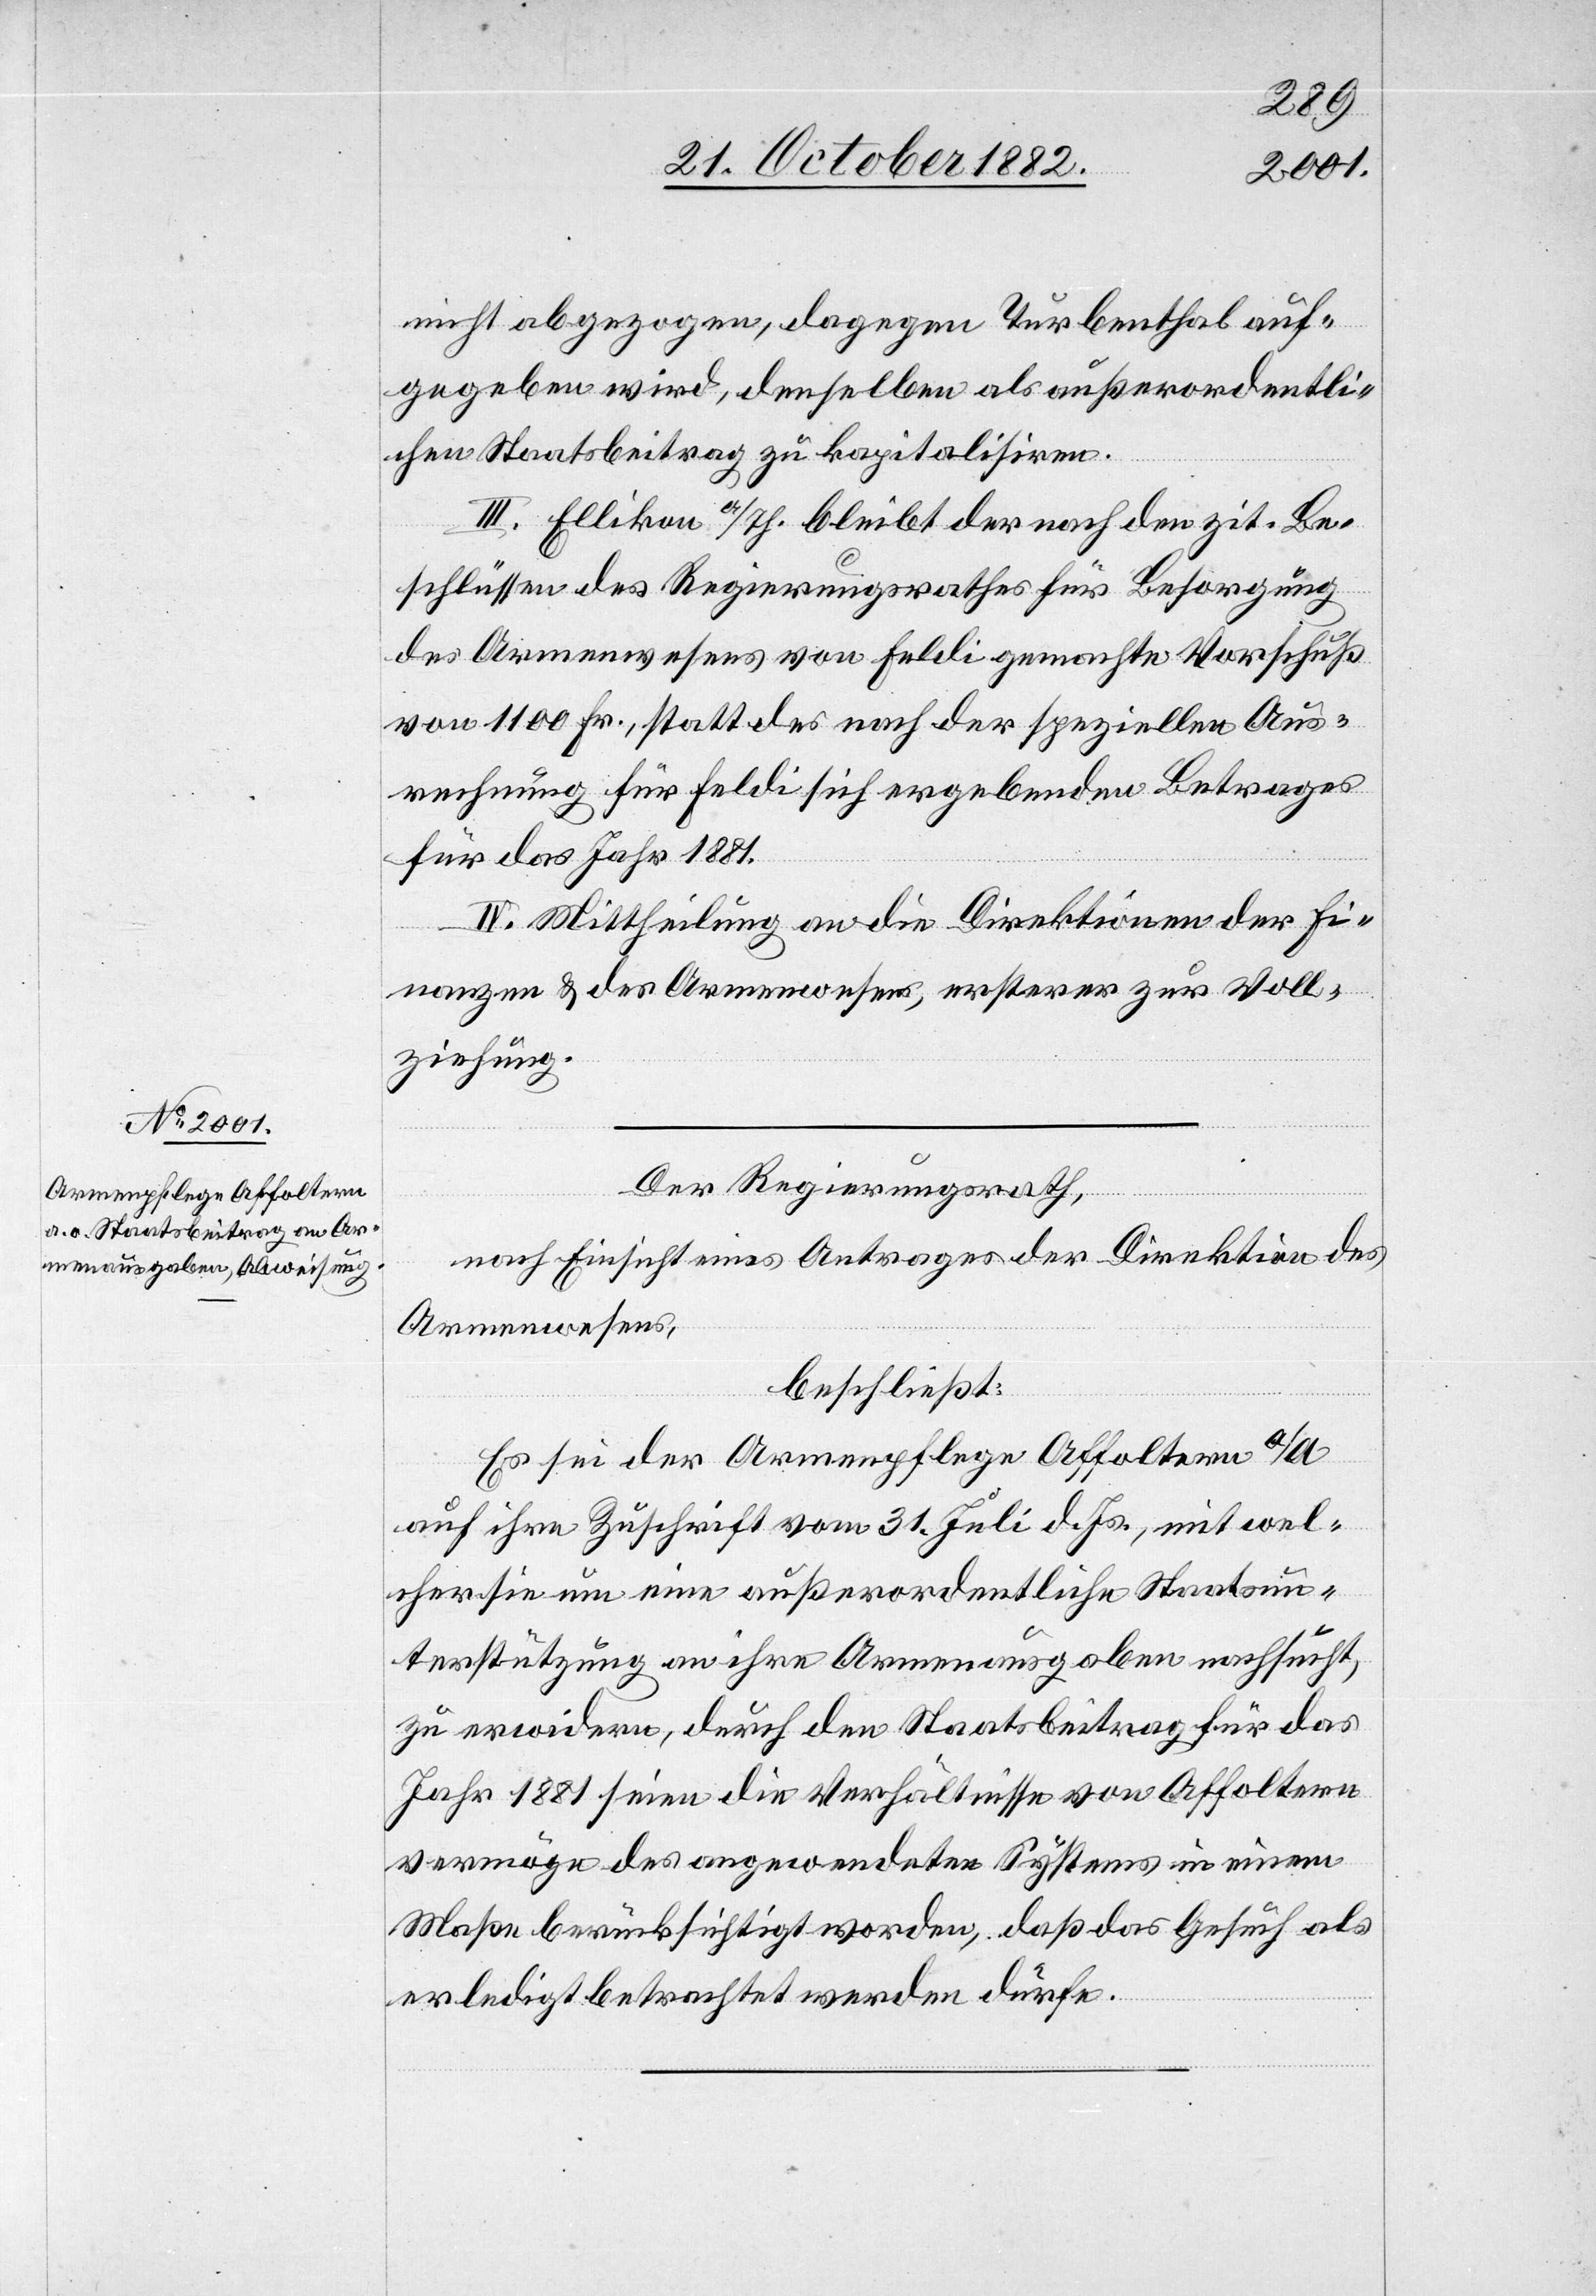
nicht abgezogen, dagegen Turbenthal auf¬
gegeben wird, denselben als außerordentli¬
chen Staatsbeitrag zu kapitalisiren.
III. Ellikon a/Rh. bleibt der nach den zit. Be¬
schlüssen des Regierungsrathes für Besorgung
des Armenwesens von Feldi gemachte Vorschuß
von 1100 Fr., statt des nach der speziellen Aus¬
rechnung für Feldi sich ergebenden Betrages
für das Jahr 1881.
IV. Mittheilung an die Direktionen der Fi¬
nanzen & des Armenwesens, ersterer zur Voll¬
ziehung.
Der Regierungsrath,
nach Einsicht eines Antrages der Direktion des
Armenwesens,
beschließt:
Es ist der Armenpflege Affoltern a/A.
auf ihre Zuschrift vom 31. Juli d. Js., mit wel¬
cher sie um eine außerordentliche Staatsun¬
terstützung an ihre Armenausgaben nachsucht,
zu erwidern, durch den Staatsbeitrag für das
Jahr 1881 seien die Verhältnisse von Affoltern
vermöge des angewendeten Systems in einem
Maße berücksichtigt worden, daß das Gesuch als
erledigt betrachtet werden dürfe.